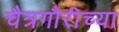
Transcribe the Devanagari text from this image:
चैत्रगौरीच्या